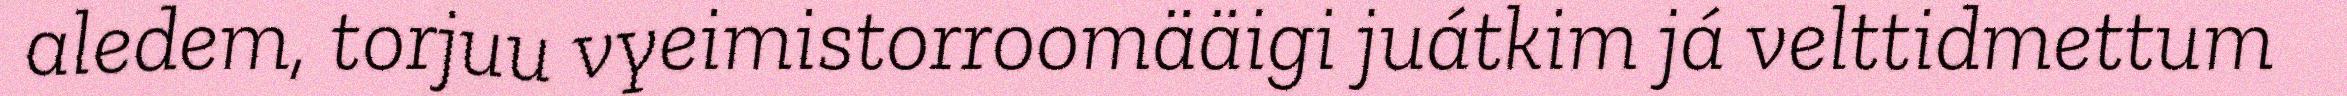
aledem, torjuu vyeimistorroomääigi juátkim já velttidmettum